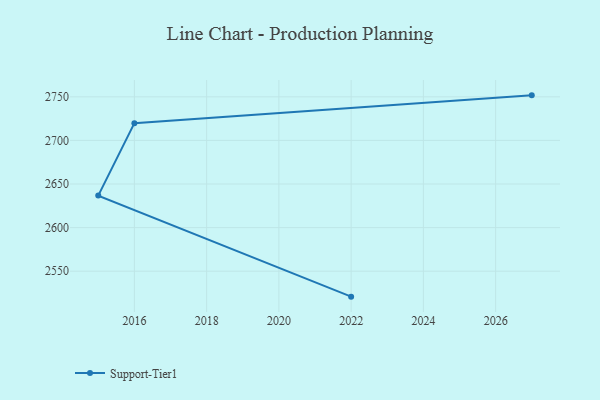
{"axis": {"x": "Year", "y": "Customer Acquisition Cost (USD)"}, "legend": ["Support-Tier1"], "data": [{"x": "2022", "y": 2520.8, "type": "Support-Tier1"}, {"x": "2015", "y": 2636.7, "type": "Support-Tier1"}, {"x": "2016", "y": 2719.8, "type": "Support-Tier1"}, {"x": "2027", "y": 2751.7, "type": "Support-Tier1"}]}